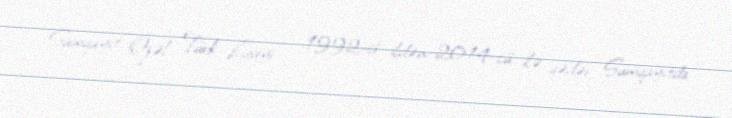
Sumqayıt Özəl Türk Liseyi — 1992-ci ildən 2014-cü ilə qədər Sumqayıtda